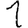
Digit: 1